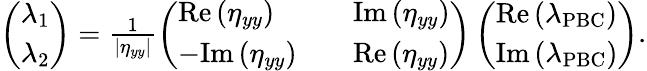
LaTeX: \begin{array}{r}{\left(\begin{array}{l}{\lambda_{1}}\\ {\lambda_{2}}\end{array}\right)=\frac{1}{\left|\eta_{yy}\right|}\left(\begin{array}{lll}{\mathrm{Re}\left(\eta_{yy}\right)}&&{\mathrm{Im}\left(\eta_{yy}\right)}\\ {-\mathrm{Im}\left(\eta_{yy}\right)}&&{\mathrm{Re}\left(\eta_{yy}\right)}\end{array}\right)\left(\begin{array}{l}{\mathrm{Re}\left(\lambda_{\mathrm{PBC}}\right)}\\ {\mathrm{Im}\left(\lambda_{\mathrm{PBC}}\right)}\end{array}\right).}\end{array}